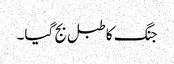
جنگ کا طبل بج گیا۔